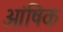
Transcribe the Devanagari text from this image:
आंषिक